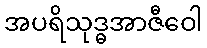
အပရိသုဒ္ဓအာဇီဝေါ